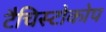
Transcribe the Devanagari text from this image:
टैचिस्टोकोप